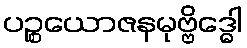
ပဉ္စယောဇနမုဗ္ဗိဒ္ဓေါ